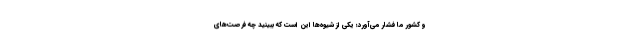
و کشور ما فشار می‌آورد؛ یکی از شیوه‌ها این است که ببینید چه فرصت‌های